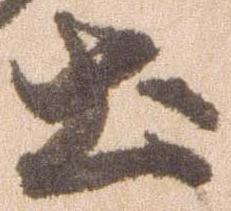
土